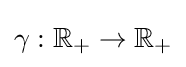
\gamma :\mathbb {R} _{+}\to \mathbb {R} _{+}